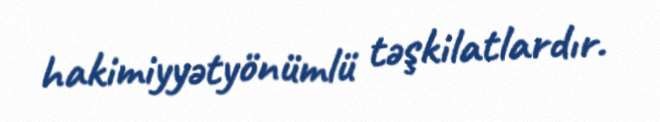
hakimiyyətyönümlü təşkilatlardır.